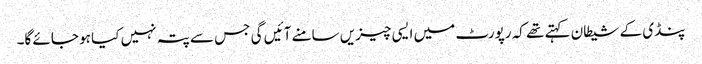
پنڈی کے شیطان کہتے تھے کہ رپورٹ میں ایسی چیزیں سامنے آئیں گی جس سے پتہ نہیں کیا ہو جائے گا۔